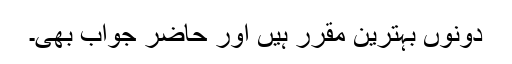
دونوں بہترین مقرر ہیں اور حاضر جواب بھی۔